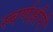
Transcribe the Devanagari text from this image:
स्वर्णक्षीरी